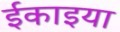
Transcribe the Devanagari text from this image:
ईकाइया